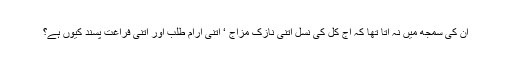
ان کی سمجھ میں نہ آتا تھا کہ آج کل کی نسل اتنی نازک مزاج ‘ اتنی آرام طلب اور اتنی فراغت پسند کیوں ہے؟